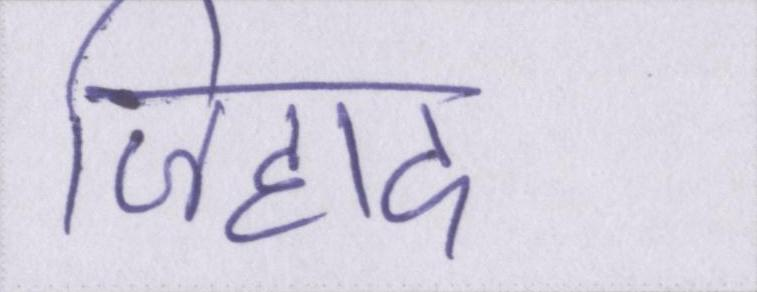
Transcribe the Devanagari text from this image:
जिहाद